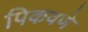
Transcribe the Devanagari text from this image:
पिकवणे